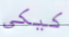
كيكي